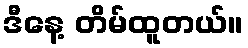
ဒီနေ့ တိမ်ထူတယ်။